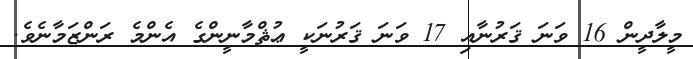
މީލާދީން 16 ވަނަ ޤަރުނާއި 17 ވަނަ ޤަރުނަކީ ޢުޘްމާނީންގެ އެންމެ ރަންޒަމާނެވެ.